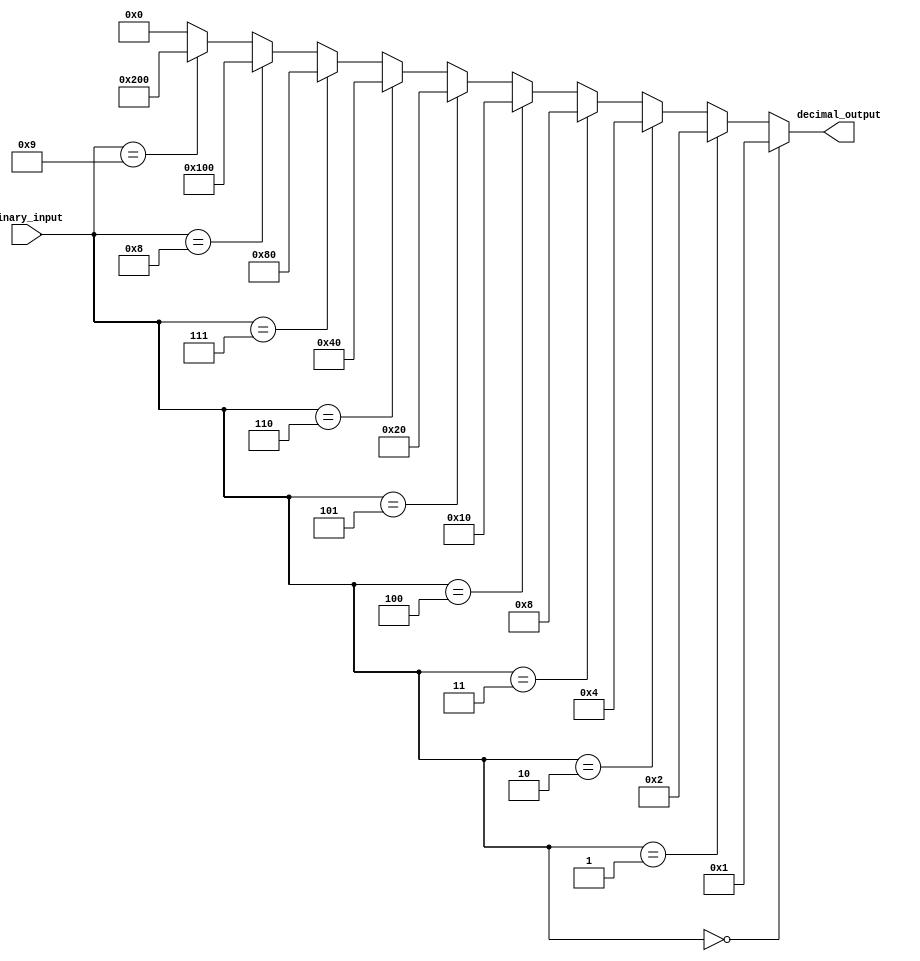
module bcd_decoder(
    input [3:0] binary_input,
    output [9:0] decimal_output
);

assign decimal_output = {
    (binary_input == 4'b0000) ? 10'b0000000001 :
    (binary_input == 4'b0001) ? 10'b0000000010 :
    (binary_input == 4'b0010) ? 10'b0000000100 :
    (binary_input == 4'b0011) ? 10'b0000001000 :
    (binary_input == 4'b0100) ? 10'b0000010000 :
    (binary_input == 4'b0101) ? 10'b0000100000 :
    (binary_input == 4'b0110) ? 10'b0001000000 :
    (binary_input == 4'b0111) ? 10'b0010000000 :
    (binary_input == 4'b1000) ? 10'b0100000000 :
    (binary_input == 4'b1001) ? 10'b1000000000 :
    10'b0000000000
};

endmodule